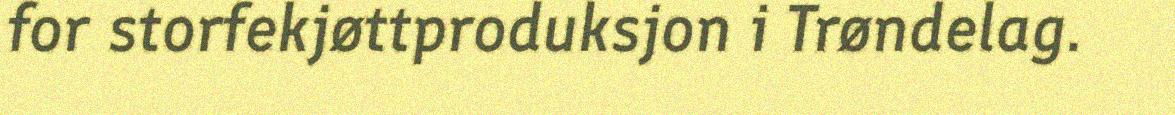
for storfekjøttproduksjon i Trøndelag.